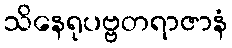
သိနေရုပဗ္ဗတရာဇာနံ